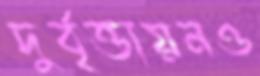
দুর্বৃত্তায়নও